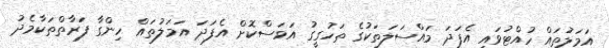
އަމަލުތައް ހުއްޓުވައި އެފަދަ މައްސަލަތަކުގެ ތަހުގީގު އަވަސްކޮށް އެފަދަ އަމަލުތައް ހިންގާ ފަރާތްތަކާމެދު